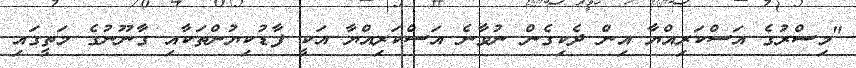
"މިސްރުގެ އަސްކަރިއްޔާ އިން ދެކިގެން ނުވާނެ އަސްކަރިއްޔާ އަކީ ފާޑުކިޔުންތަކާއި ގާނޫނުގެ މަތީގައި